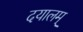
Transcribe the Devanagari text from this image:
दयालम्